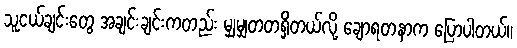
သူငယ်ချင်းတွေ အချင်းချင်းကတည်း မျှမျှတတရှိတယ်လို့ ချောရတနာက ပြောပါတယ်။